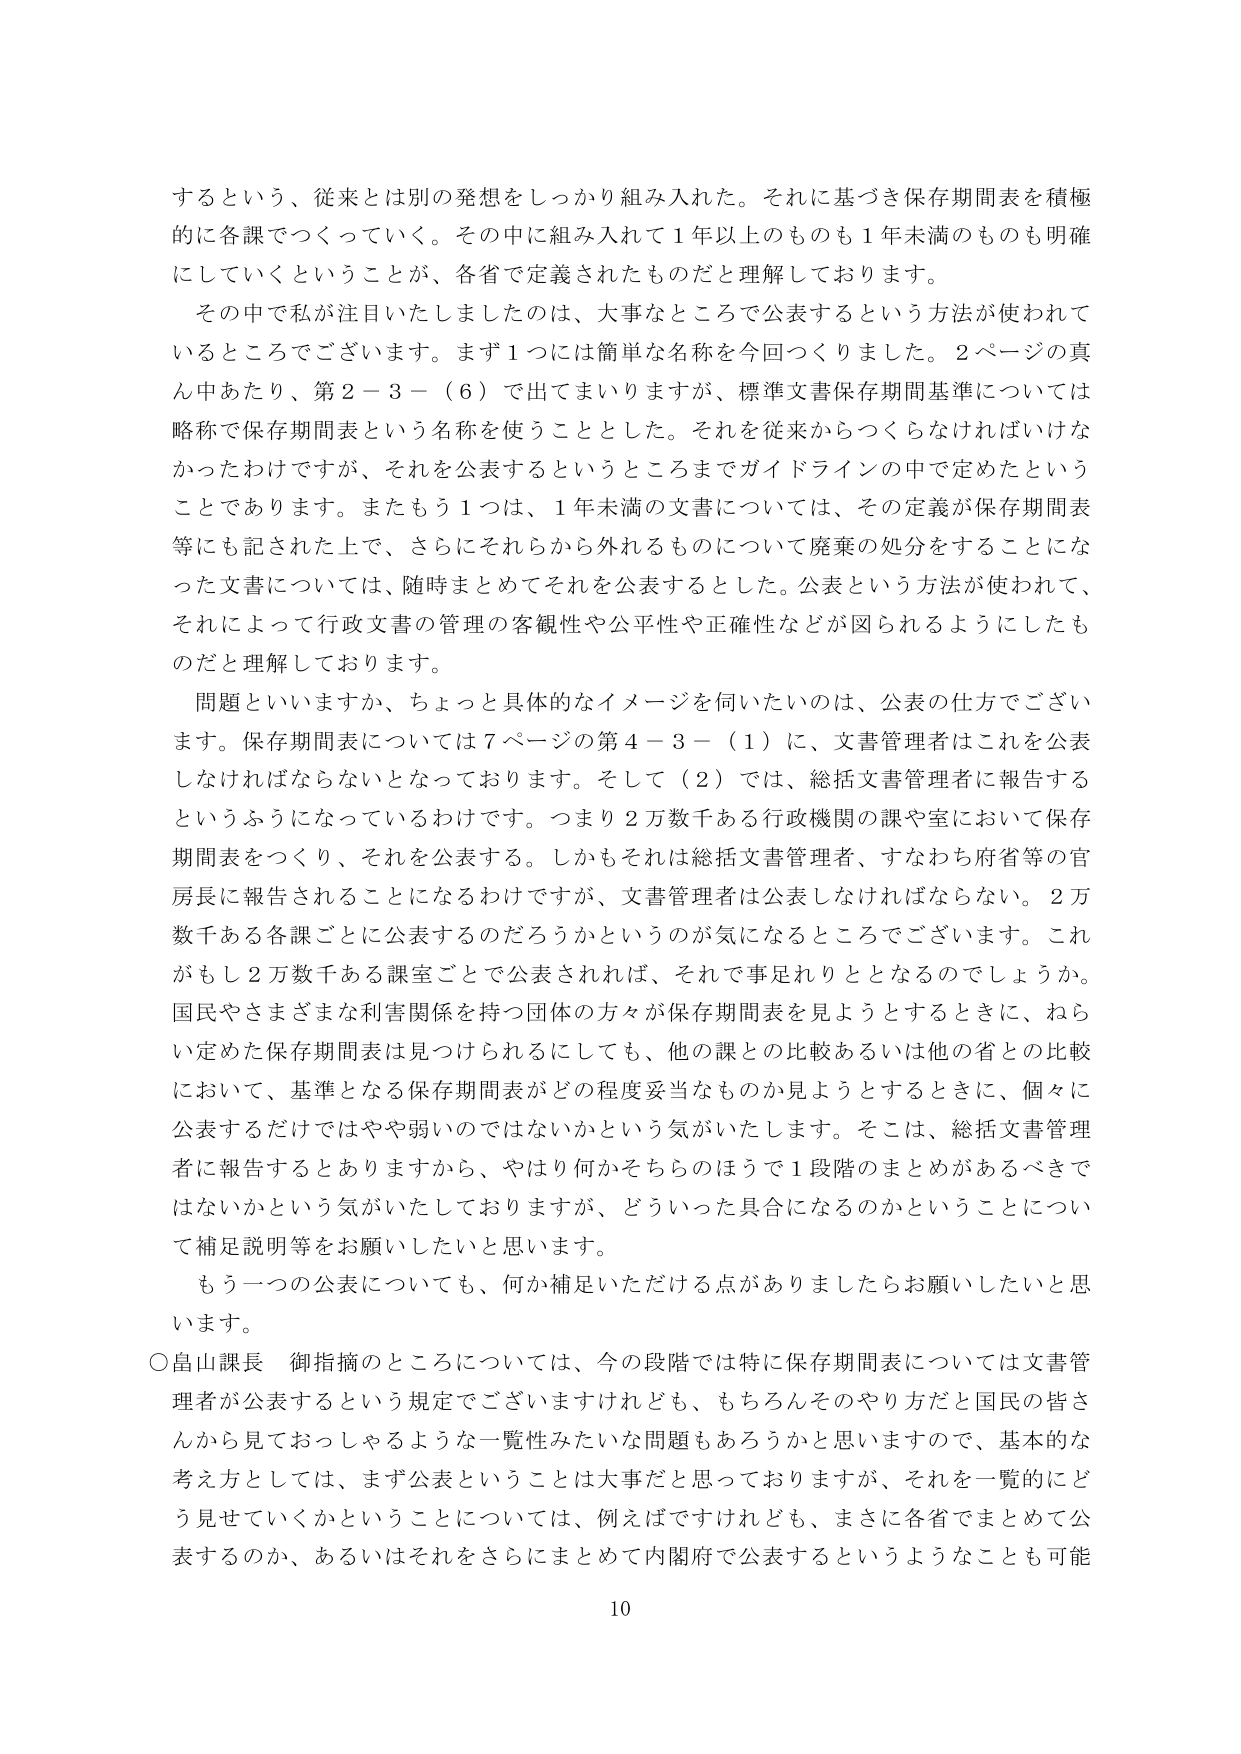
するという、従来とは別の発想をしっかり組み入れた。それに基づき保存期間表を積極的に各課でつくっていく。その中に組み入れて１年以上のものも１年未満のものも明確にしていくということが、各省で定義されたものだと理解しております。

その中で私が注目いたしましたのは、大事なところで公表するという方法が使われているところでございます。まず１つには簡単な名称を今回つくりました。２ページの真ん中あたり、第２－３－（６）で出てまいりますが、標準文書保存期間基準については略称で保存期間表という名称を使うこととした。それを従来からつくらなければいけなかったわけですが、それを公表するというところまでガイドラインの中で定めたということであります。またもう１つは、１年未満の文書については、その定義が保存期間表等にも記された上で、さらにそれらから外れるものについて廃棄の処分をすることになった文書については、随時まとめてそれを公表するとした。公表という方法が使われて、それによって行政文書の管理の客観性や公平性や正確性などが図られるようにしたものだと理解しております。

問題といいますか、ちょっと具体的なイメージを伺いたいのは、公表の仕方でございます。保存期間表については７ページの第４－３－（１）に、文書管理者はこれを公表しなければならないとなっております。そして（２）では、総括文書管理者に報告するというふうになっているわけです。つまり２万数千ある行政機関の課や室において保存期間表をつくり、それを公表する。しかもそれは総括文書管理者、すなわち府省等の官房長に報告されることになるわけですが、文書管理者は公表しなければならない。２万数千ある各課ごとに公表するのだろうかというのが気になるところでございます。これかもし２万数千ある課室ごとで公表されれば、それで事足れりととなるのでしょうか。国民やさまざまな利害関係を持つ団体の方々が保存期間表を見ようとするときに、ねらい定めた保存期間表は見つけられるにしても、他の課との比較あるいは他の省との比較において、基準となる保存期間表がどの程度妥当なものか見ようとするときに、個々に公表するだけではやや弱のではないかという気がいたします。そこは、総括文書管理者に報告するとありますから、やはり何かそちらのほうで１段階のまとめがあるべきではないかという気がいたしておりますが、どういった具合になるのかということについて補足説明等をお願いしたいと思います。

もう一つの公表についても、何か補足いただける点がありましたらお願いしたいと思います。

○畠山課長 御指摘のところについては、今の段階では特に保存期間表については文書管理者が公表するという規定でございますけれども、もちろんそのやり方だと国民の皆さんから見ておっしゃるような一覧性みたいな問題もあろうかと思いますので、基本的な考え方としては、まず公表ということは大事だと思っておりますが、それを一覧的にどう見せていくかということについては、例えばですけれども、まさに各省でまとめて公表するのか、あるいはそれをさらにまとめて内閣府で公表するというようなことも可能

10